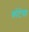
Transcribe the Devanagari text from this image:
कोंटेसा